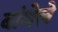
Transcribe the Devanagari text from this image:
बांधेले